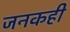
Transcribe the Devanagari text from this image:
जनकही